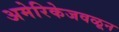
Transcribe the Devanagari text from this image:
अमेरिकेजवळून